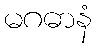
မဂဓာနံ